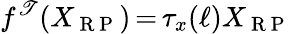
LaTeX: f^{\mathscr{T}}(X_{\mathrm{{~R~P~}}})\mathop{=}\tau_{x}(\ell)X_{\mathrm{{~R~P~}}}